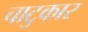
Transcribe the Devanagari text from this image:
चाटुकार